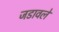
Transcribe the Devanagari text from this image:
जडावले